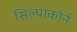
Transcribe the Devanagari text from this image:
सिल्पाकोर्न